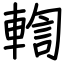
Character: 輷